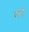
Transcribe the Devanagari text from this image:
चापें